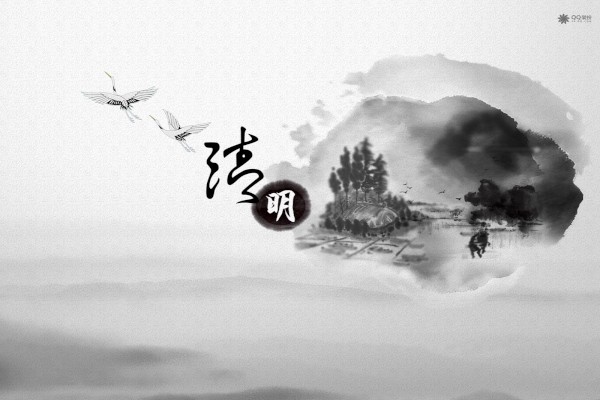
南北山头多墓田，清明祭扫各纷然。